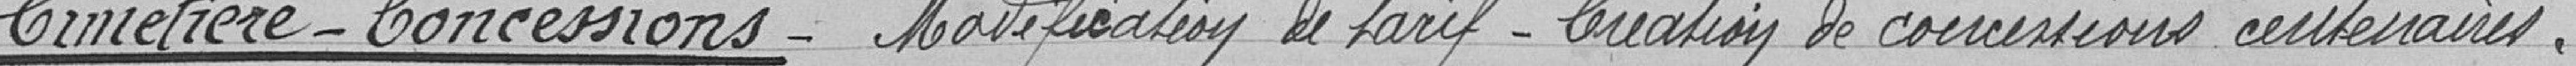
Cimetière - Concessions - Modification de tarif - Création de concessions centenaires.